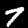
Digit: 7